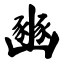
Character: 豳